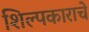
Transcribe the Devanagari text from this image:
शिल्पकाराचे